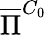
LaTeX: \overline{{\Pi}}^{C_{0}}